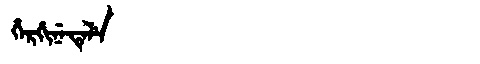
Manchu: ᡥᡝᡵᡤᡳᠨᡝᡨᡝᠯᡝ
Romanization: HERGINETELE